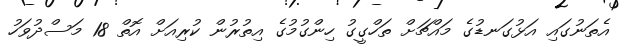
އެތަނުގައި އަޅުގަނޑުގެ މައްޗަށް ތަހްގީގު ހިންގުމުގެ އިތުރުން ކުރިއަށް އޮތް 18 މަސްދުވަހު